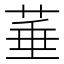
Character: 菙